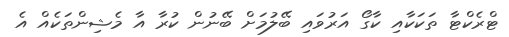
ޓްރެކްޓާ ތަކަކާއި ކާގޯ އަރުވައި ބޭލުމަށް ބޭނުން ކުރާ އާ މެޝިންތަކެއް އެ